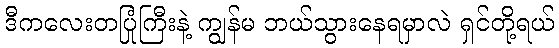
ဒီကလေးတပြုံကြီးနဲ့ ကျွန်မ ဘယ်သွားနေရမှာလဲ ရှင်တို့ရယ်